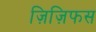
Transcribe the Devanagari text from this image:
ज़िज़िफस